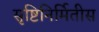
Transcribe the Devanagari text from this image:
सृष्टिनिर्मितीस